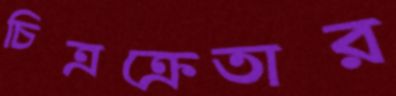
চিত্রক্রেতার